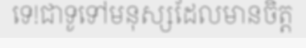
ទេ!ជាទូទៅមនុស្សដែលមានចិត្ត